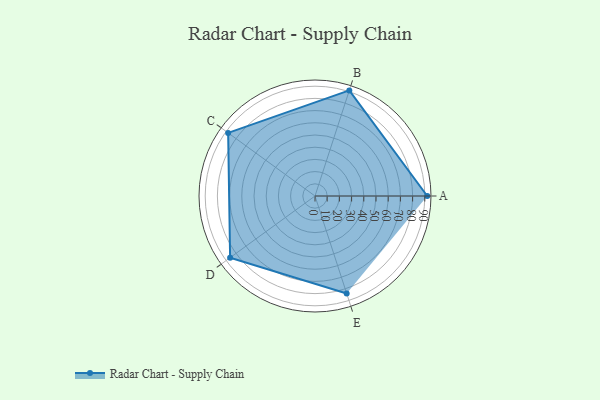
{"axis": {"x": "Skill", "y": "Score"}, "legend": ["Profile"], "data": [{"x": "A", "y": 92.0, "type": "Profile"}, {"x": "B", "y": 91.0, "type": "Profile"}, {"x": "C", "y": 88.0, "type": "Profile"}, {"x": "D", "y": 86.0, "type": "Profile"}, {"x": "E", "y": 84.0, "type": "Profile"}]}